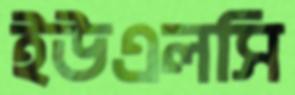
ইউএলসি